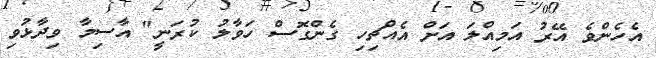
އެހެންވެ އޭރު އަމިއްލަ އަށް އެއްޗިހި ގެންގޮސް ހަވާލު ކުރަނީ" އާސިމާ ވިދާޅުވި